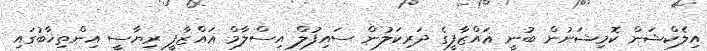
އިލެކްޝަން ކޮމިޝަނުން ބުނީ ޣައްޒާފީގެ ދަރިކަލުން ސައިފުލް އިސްލާމް ޣައްޒާފީ ރިޔާސީ އިންތިޚާބުގައި